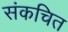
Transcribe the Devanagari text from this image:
संकचित